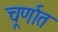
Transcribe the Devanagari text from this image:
चूर्णात